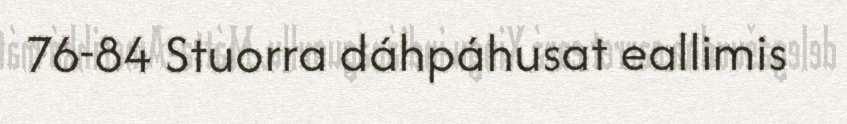
76-84 Stuorra dáhpáhusat eallimis